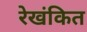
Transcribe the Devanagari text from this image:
रेखंकित